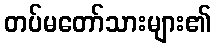
တပ်မတော်သားများ၏